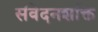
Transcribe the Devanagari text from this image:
संवेदनशक्ति